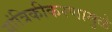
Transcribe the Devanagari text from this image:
यांत्रिकीकरणामुळे